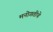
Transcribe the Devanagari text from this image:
मनोगतीचे